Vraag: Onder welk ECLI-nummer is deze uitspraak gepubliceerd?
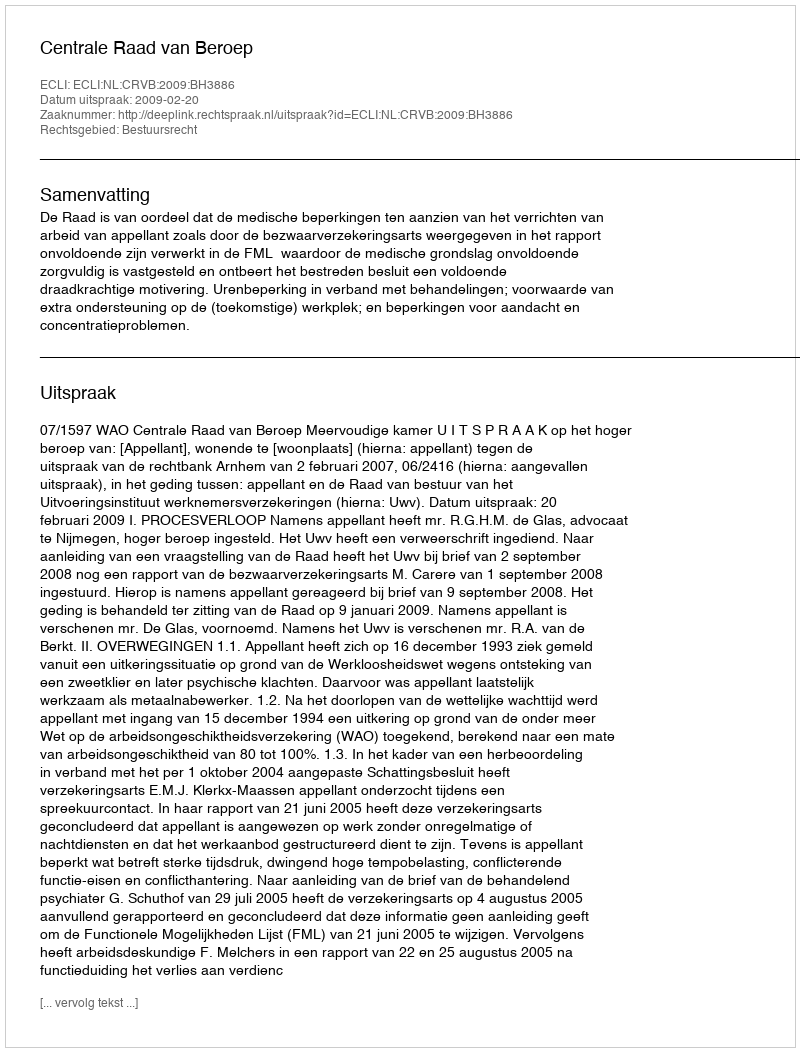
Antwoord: ECLI:NL:CRVB:2009:BH3886